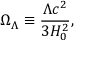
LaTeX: \Omega _ { \Lambda } \equiv { \frac { \Lambda c ^ { 2 } } { 3 H _ { 0 } ^ { 2 } } } ,